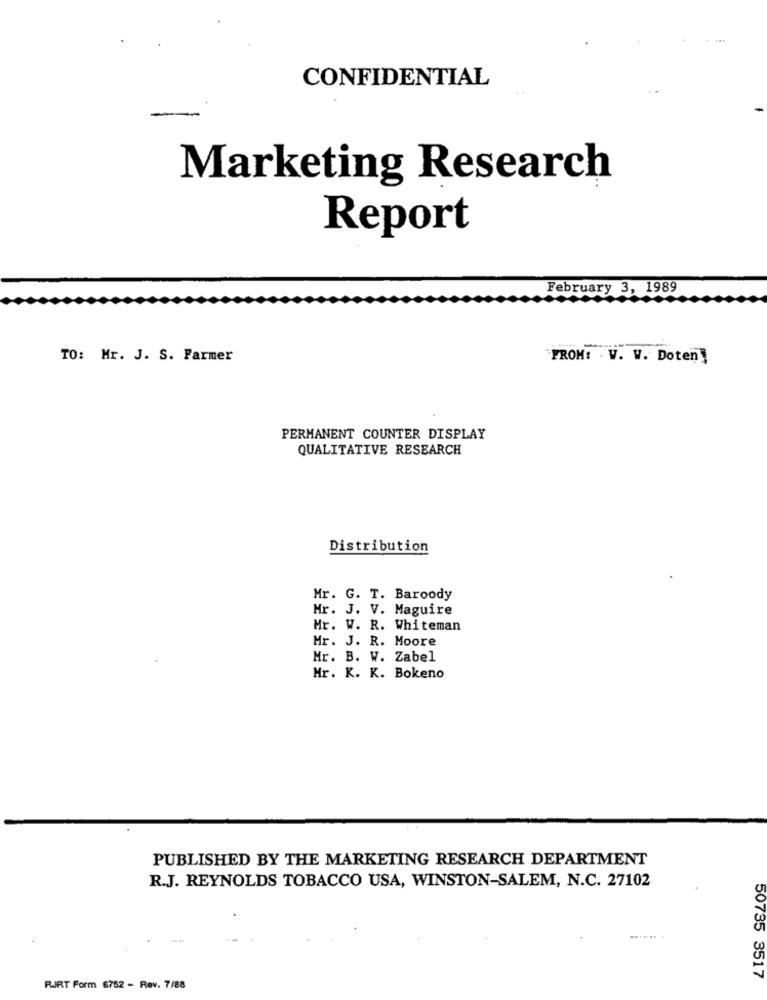
CONFIDENTIAL
Marketing Research
Report
February 3, 1989
TO: Mr. J. S. Farmer
FROM: W. W. Doten]
PERMANENT COUNTER DISPLAY
QUALITATIVE RESEARCH
Distribution
Mr. G. T. Baroody
Mr. J. V. Maguire
Mr. W. R. Whiteman
Mr. J. R. Moore
Mr. B. W. Zabel
Mr. K. K. Bokeno
PUBLISHED BY THE MARKETING RESEARCH DEPARTMENT
R.J. REYNOLDS TOBACCO USA, WINSTON-SALEM, N.C. 27102
..... .
50735 3517
RJRT Form 6752 - Rev. 7/88